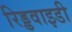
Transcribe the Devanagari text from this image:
रिड्डवाइडी